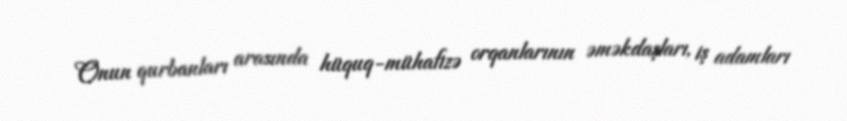
Onun qurbanları arasında hüquq-mühafizə orqanlarının əməkdaşları, iş adamları